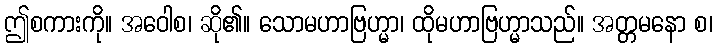
ဤစကားကို။ အဝေါစ၊ ဆို၏။ သောမဟာဗြဟ္မာ၊ ထိုမဟာဗြဟ္မာသည်။ အတ္တမနော စ၊